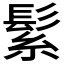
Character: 𮫅